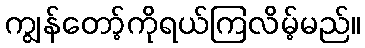
ကျွန်တော့်ကိုရယ်ကြလိမ့်မည်။